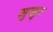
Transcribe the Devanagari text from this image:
मुखुर